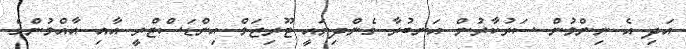
އަދި އެ ނިންމުން ސަރުކާރުން އަނބުރާ ގެންދިޔައީ ޓޫރިޒަމް އިންޑަސްޓްރީ އާއި އާއްމުންގެ